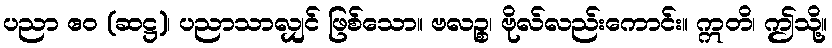
ပညာ ဧဝ (ဆဋ္ဌ)၊ ပညာသာလျှင် ဖြစ်သော။ ဗလဉ္စ၊ ဗိုလ်လည်းကောင်း။ ဣတိ၊ ဤသို့။